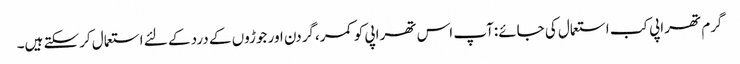
گرم تھراپی کب استعمال کی جائے:آپ اس تھراپی کو کمر،گردن اور جوڑوں کے درد کے لئے استعمال کرسکتے ہیں۔